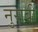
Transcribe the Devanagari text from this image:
नुराबी